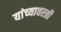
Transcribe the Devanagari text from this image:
यांच्यावरती